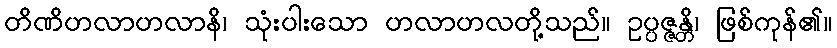
တိဏိဟလာဟလာနိ၊ သုံးပါးသော ဟလာဟလတို့သည်။ ဥပ္ပဇ္ဇန္တိ၊ ဖြစ်ကုန်၏။